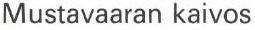
Mustavaaran kaivos